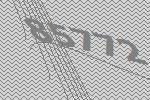
85772